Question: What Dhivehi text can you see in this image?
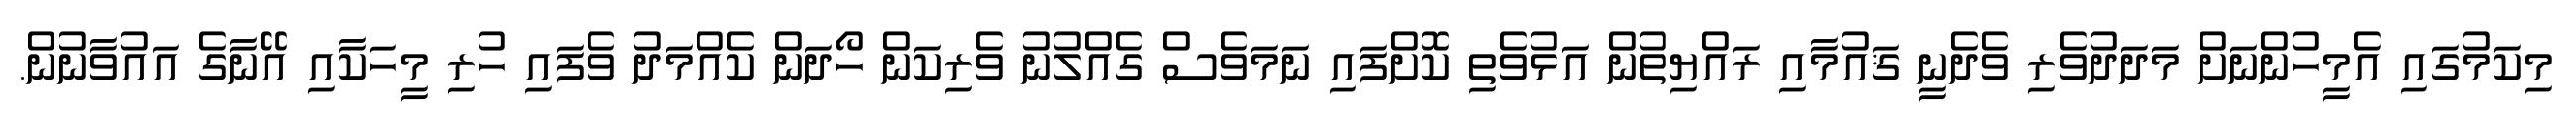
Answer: މިކަމުގައި އެމީހުންނަށް މަދަދުވެރި ވެދެނީ ޤައުމާއި ރައްޔިތުން އަޅުވެތި ކޮށްފައި ނަމަވެސް ގެއްލުނު ވެރިކަން ހޯދަން ކެއްމަދު ވެފައި ހުރި މީހަކާއި އޭނާގެ އައުވާނުން.